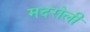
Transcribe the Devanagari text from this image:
मदरोली